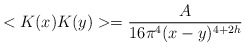
\begin{align*}<K(x)K(y)>=\frac{A}{16\pi ^{4}(x-y)^{4+2h}} \end{align*}